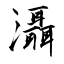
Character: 灄